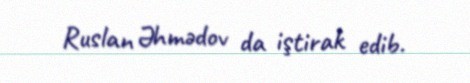
Ruslan Əhmədov da iştirak edib.